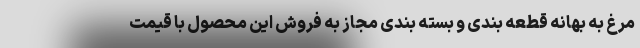
مرغ به بهانه قطعه بندی و بسته بندی مجاز به فروش این محصول با قیمت